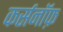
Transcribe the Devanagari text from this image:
कर्सनॉफ़